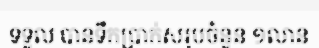
ទទួល បានទឹកប្រាក់សរុបចំនួន ១លាន